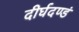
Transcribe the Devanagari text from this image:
दीर्घदण्डं